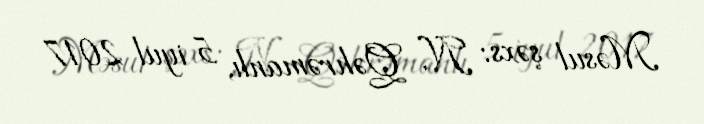
Məsul şəxs: N. Qəhrəmanlı, 5 iyul 2017